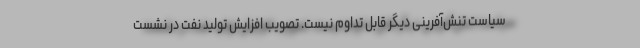
سیاست تنش‌آفرینی دیگر قابل تداوم نیست. تصویب افزایش تولید نفت در نشست